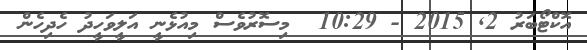
އޮކްޓޯބަރު 2